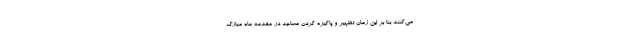
می‌کنند بنا بر این زمان تطهیر و پاکیزه کردن مساجد در مقدمه ماه مبارک